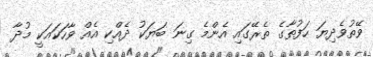
ވޭތުވެދިޔަ ހަފުތާގެ ތެރޭގައި އެންމެ ގިނަ ބަޔަކު ދެއްކި އެއް ވާހަކައަކީ މުދާ